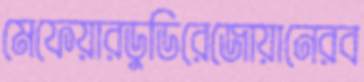
মেফেয়ারডুডিরেজোয়ানেরব